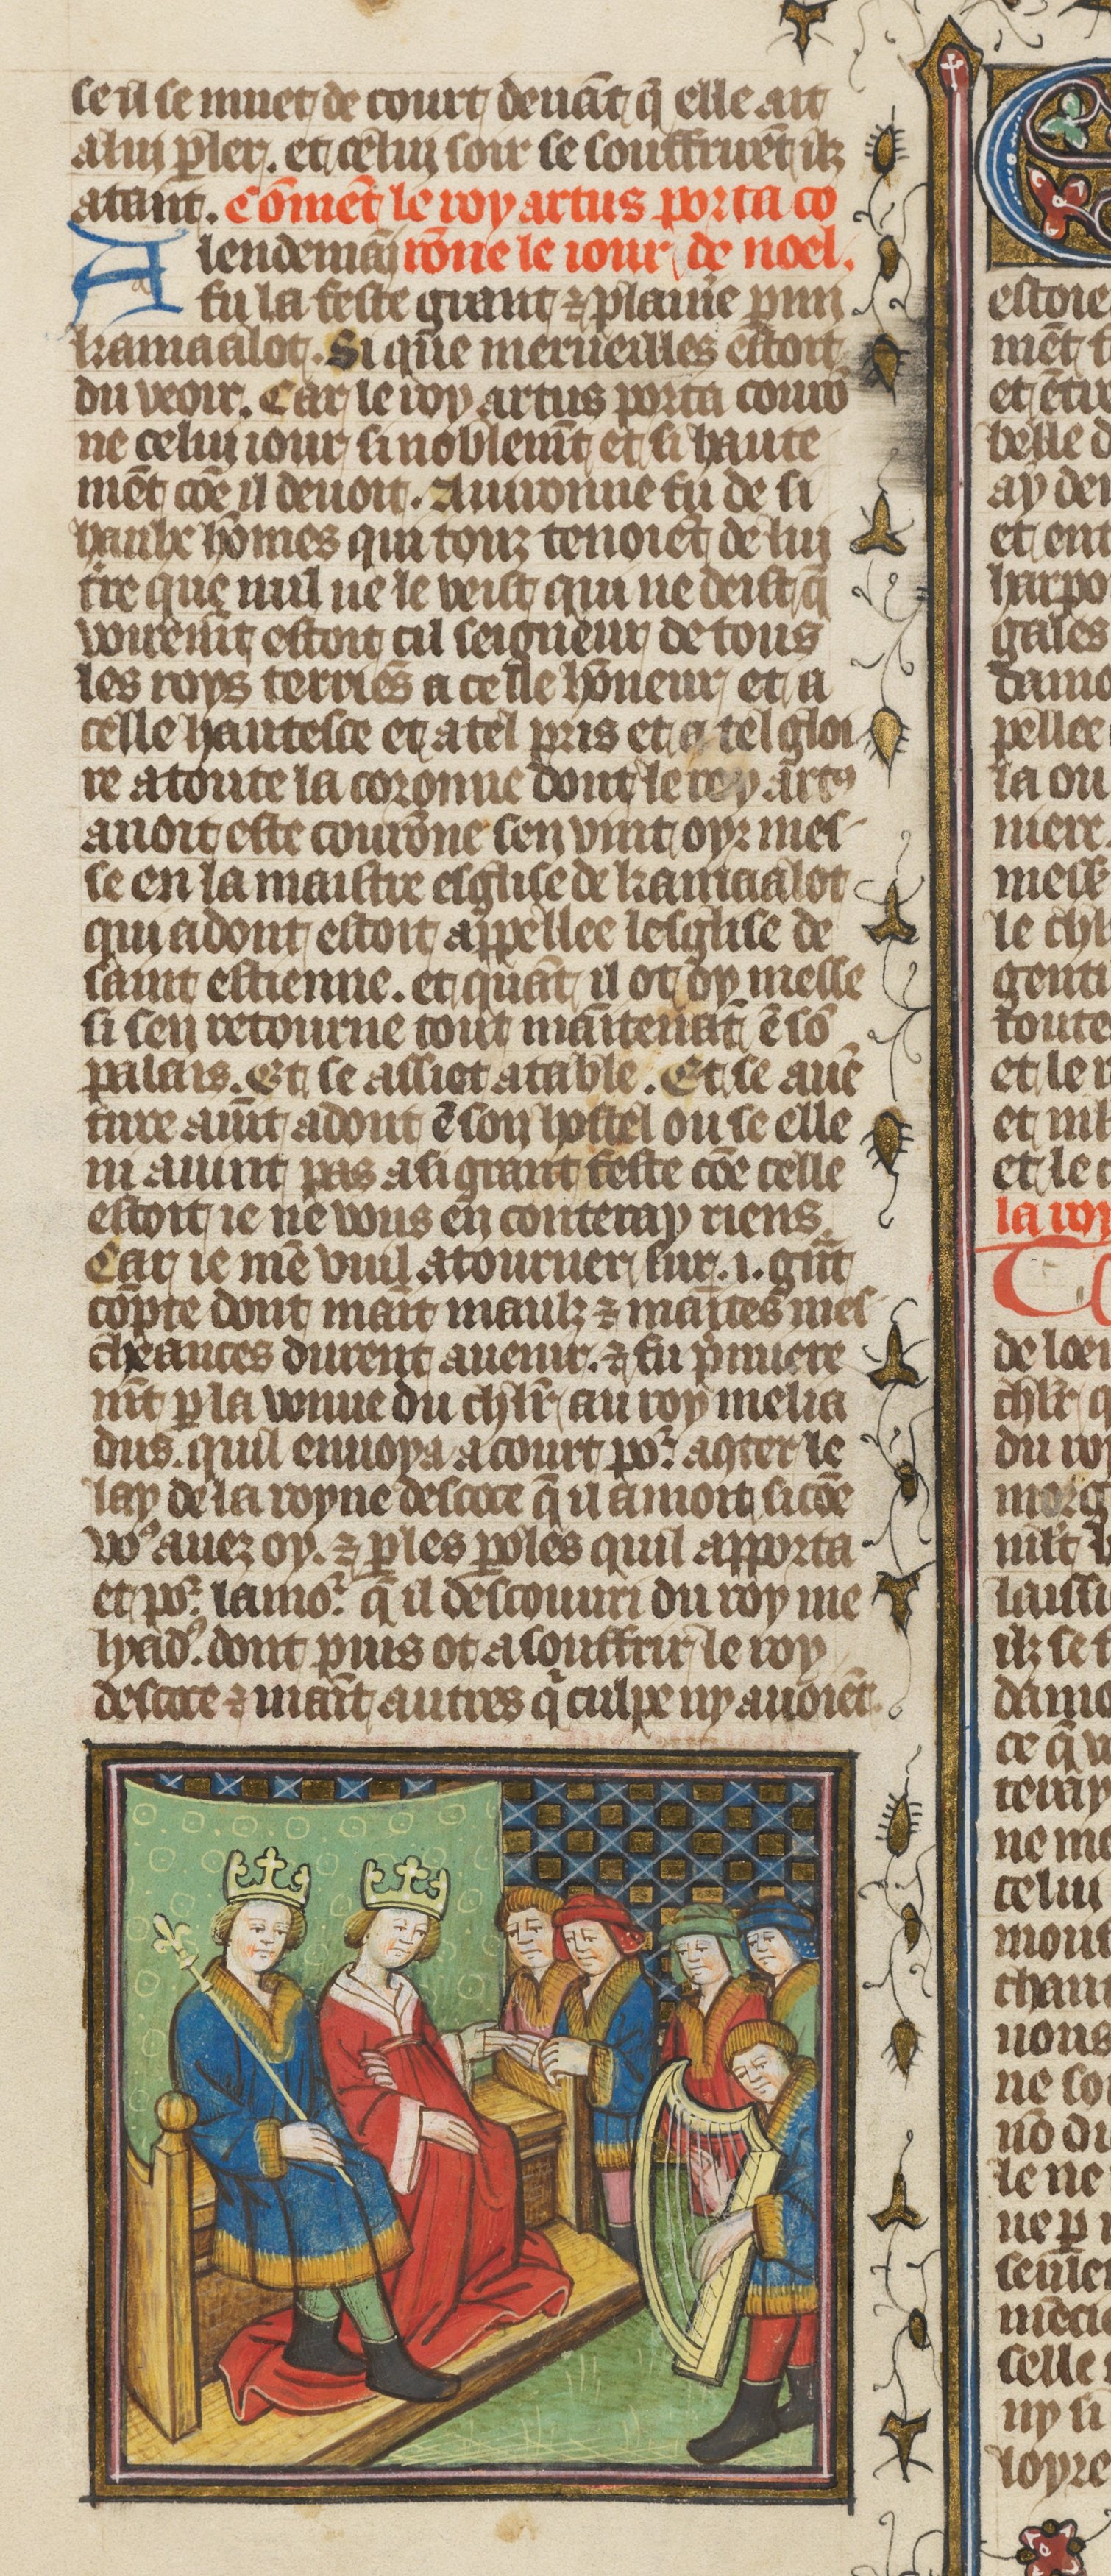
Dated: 1410–1430